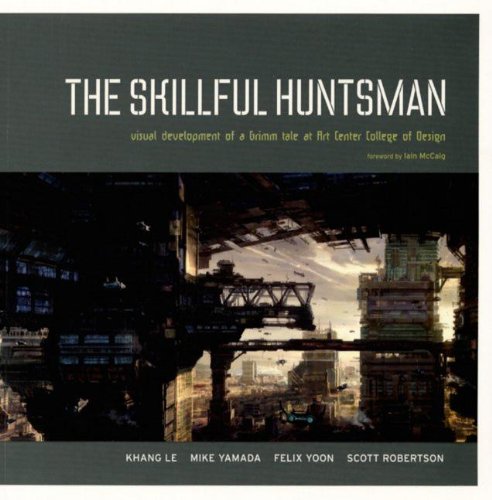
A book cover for The Skillful Huntsman: Visual Development of a Grimm Tale at Art Center College of Design; Khang Le; Humor & Entertainment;